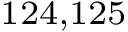
^ { 1 2 4 , 1 2 5 }